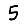
Digit: 5